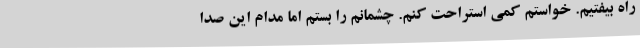
راه بیفتیم. خواستم کمی استراحت کنم. چشمانم را بستم اما مدام این صدا